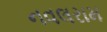
નવલરામ